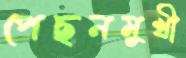
পেছনমুখী